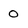
Character: 0